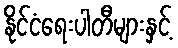
နိုင်ငံရေးပါတီများနှင့်